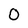
Character: O